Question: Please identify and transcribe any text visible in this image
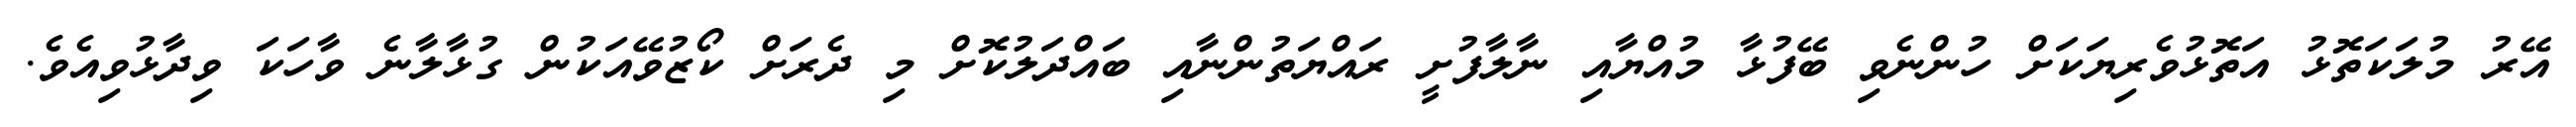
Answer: އޭރު މުލަކަތޮޅު އަތޮޅުވެރިޔަކަށް ހުންނެވި ބޭފުޅާ މުއްޔާއި ނާލާފުށީ ރައްޔަތުންނާއި ބައްދަލުކޮށް މި ދެރަށް ކޯޒުވޭއަކުން ގުޅާލާނެ ވާހަކަ ވިދާޅުވިއެވެ.